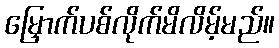
မြှောက်ပစ်လိုက်မိလိမ့်မည်။